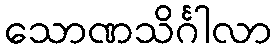
သောဏသိင်္ဂါလာ